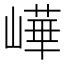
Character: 㠏